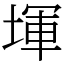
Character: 堚